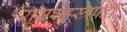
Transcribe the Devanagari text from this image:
राससहस्त्रपदी